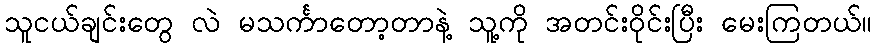
သူငယ်ချင်းတွေ လဲ မသင်္ကာတော့တာနဲ့ သူ့ကို အတင်းဝိုင်းပြီး မေးကြတယ်။